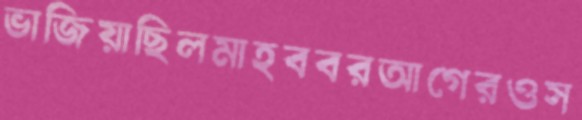
ভাজিয়াছিলমাহববরআগেরওস